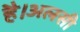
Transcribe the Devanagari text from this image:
है।अलसी